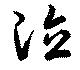
徳